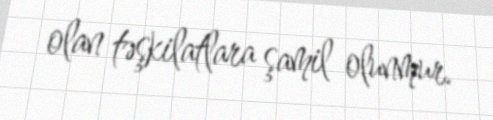
olan təşkilatlara şamil olunmur.